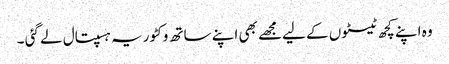
وہ اپنے کچھ ٹیسٹوں کے لیےمجھے بھی اپنے ساتھ وکٹوریہ ہسپتال لے گئی ۔